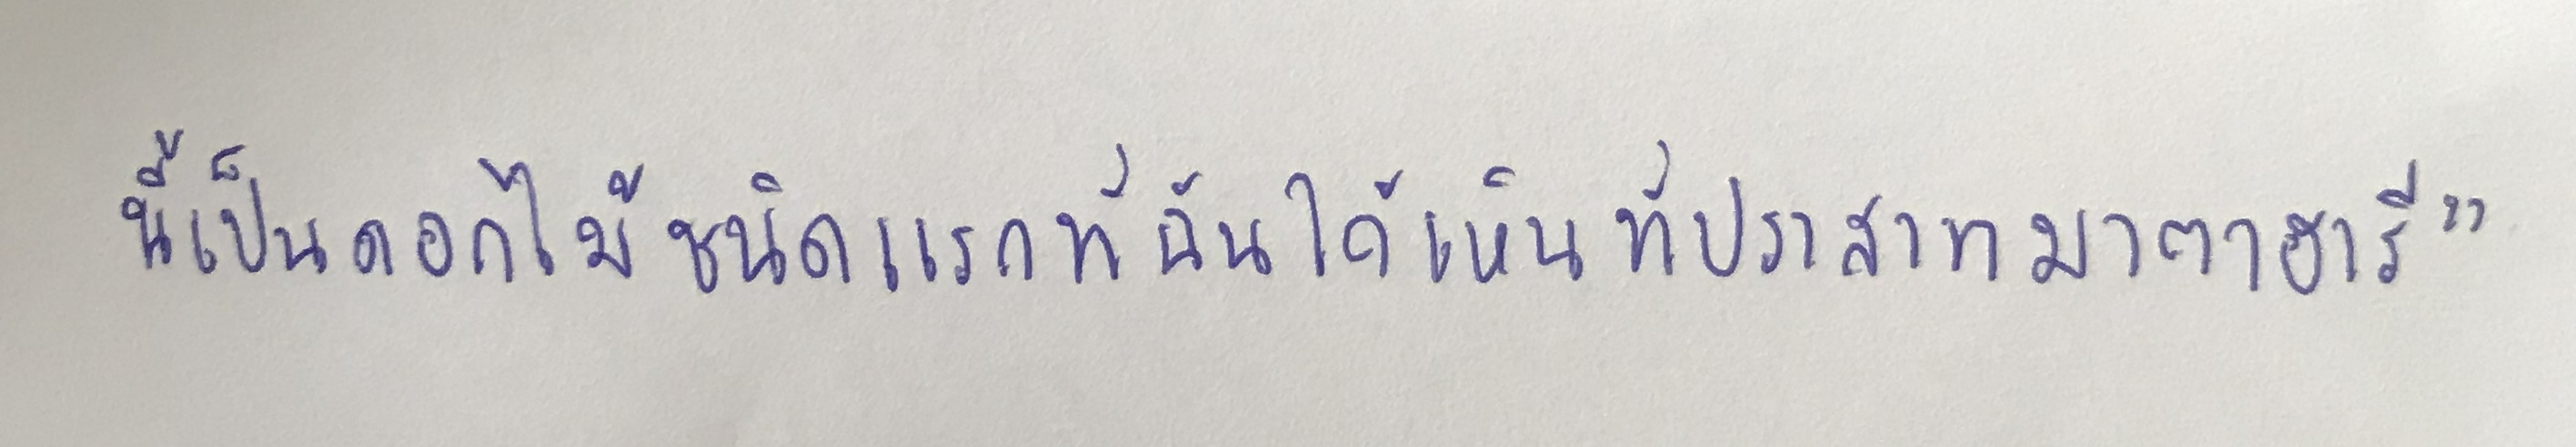
นี้เป็นดอกไม้ชนิดแรกที่ฉันได้เห็นที่ปราสาทมาตาฮารี"